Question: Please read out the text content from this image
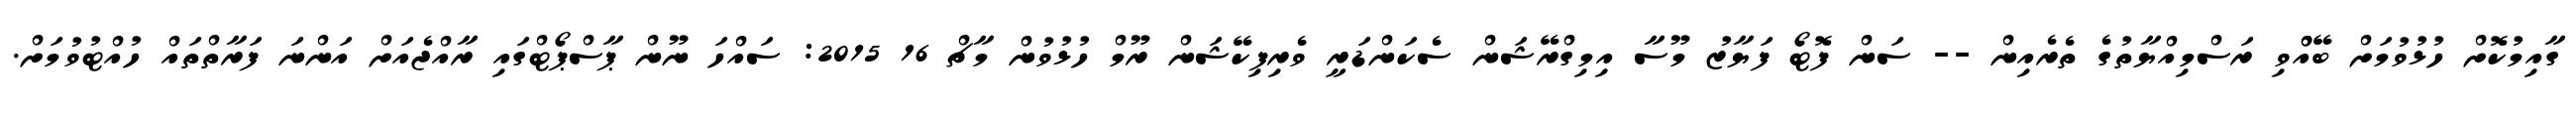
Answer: ގާއިމުކޮށް ހުޅުވުމަށް ބޭއްްވި ރަސްމިއްޔާތުގެ ތެރެއިން -- ސަން ފޮޓޯ ފަޔާޒު މޫސާ އިމިގްރޭޝަން ސެކަންޑަރީ ވެރިފިކޭޝަން ރޫމް ހުޅުވުން މާޗް 16 2015: ސައްހަ ނޫން ޕާސްޕޯޓްގައި ރާއްޖެއަށް އަންނަ ފަރާތްތައް ހުއްޓުވުމަށް.